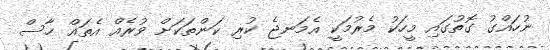
ނުހައްގު ގޮތުގައި މީހަކު މެރުމަކީ އެމަނޖެ ކުރި ކަންތަކަށް ވުރެއް އެތައް ހާސް